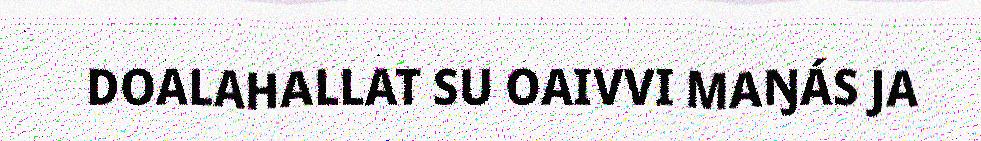
DOALAHALLAT SU OAIVVI MAŊÁS JA